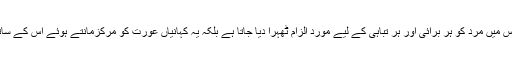
اس میں کہانی نویس نے عورتوں کے حقوق کا نعرہ بلند نہیں کیا جس میں مرد کو ہر برائی اور ہر تباہی کے لیے موردِ الزام ٹھہرا دیا جاتا ہے بلکہ یہ کہانیاں عورت کو مرکزمانتے ہوئے اس کے ساتھ جڑے ہوئے معاشرے کی سچی اور کھری تصویریں دکھاتی ہیں۔